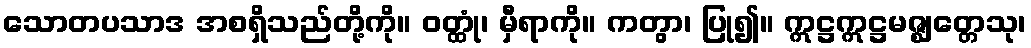
သောတပသာဒ အစရှိသည်တို့ကို။ ဝတ္ထုံ၊ မှီရာကို။ ကတွာ၊ ပြု၍။ ဣဋ္ဌဣဋ္ဌမဇ္ဈတ္တေသု၊